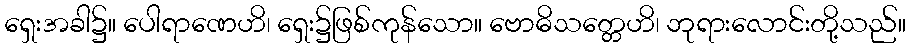
ရှေးအခါ၌။ ပေါရာဏေဟိ၊ ရှေး၌ဖြစ်ကုန်သော။ ဗောဓိသတ္တေဟိ၊ ဘုရားလောင်းတို့သည်။